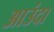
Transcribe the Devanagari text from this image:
आउंदा